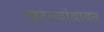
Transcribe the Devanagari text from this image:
खटल्यांबाबत